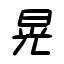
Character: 晃